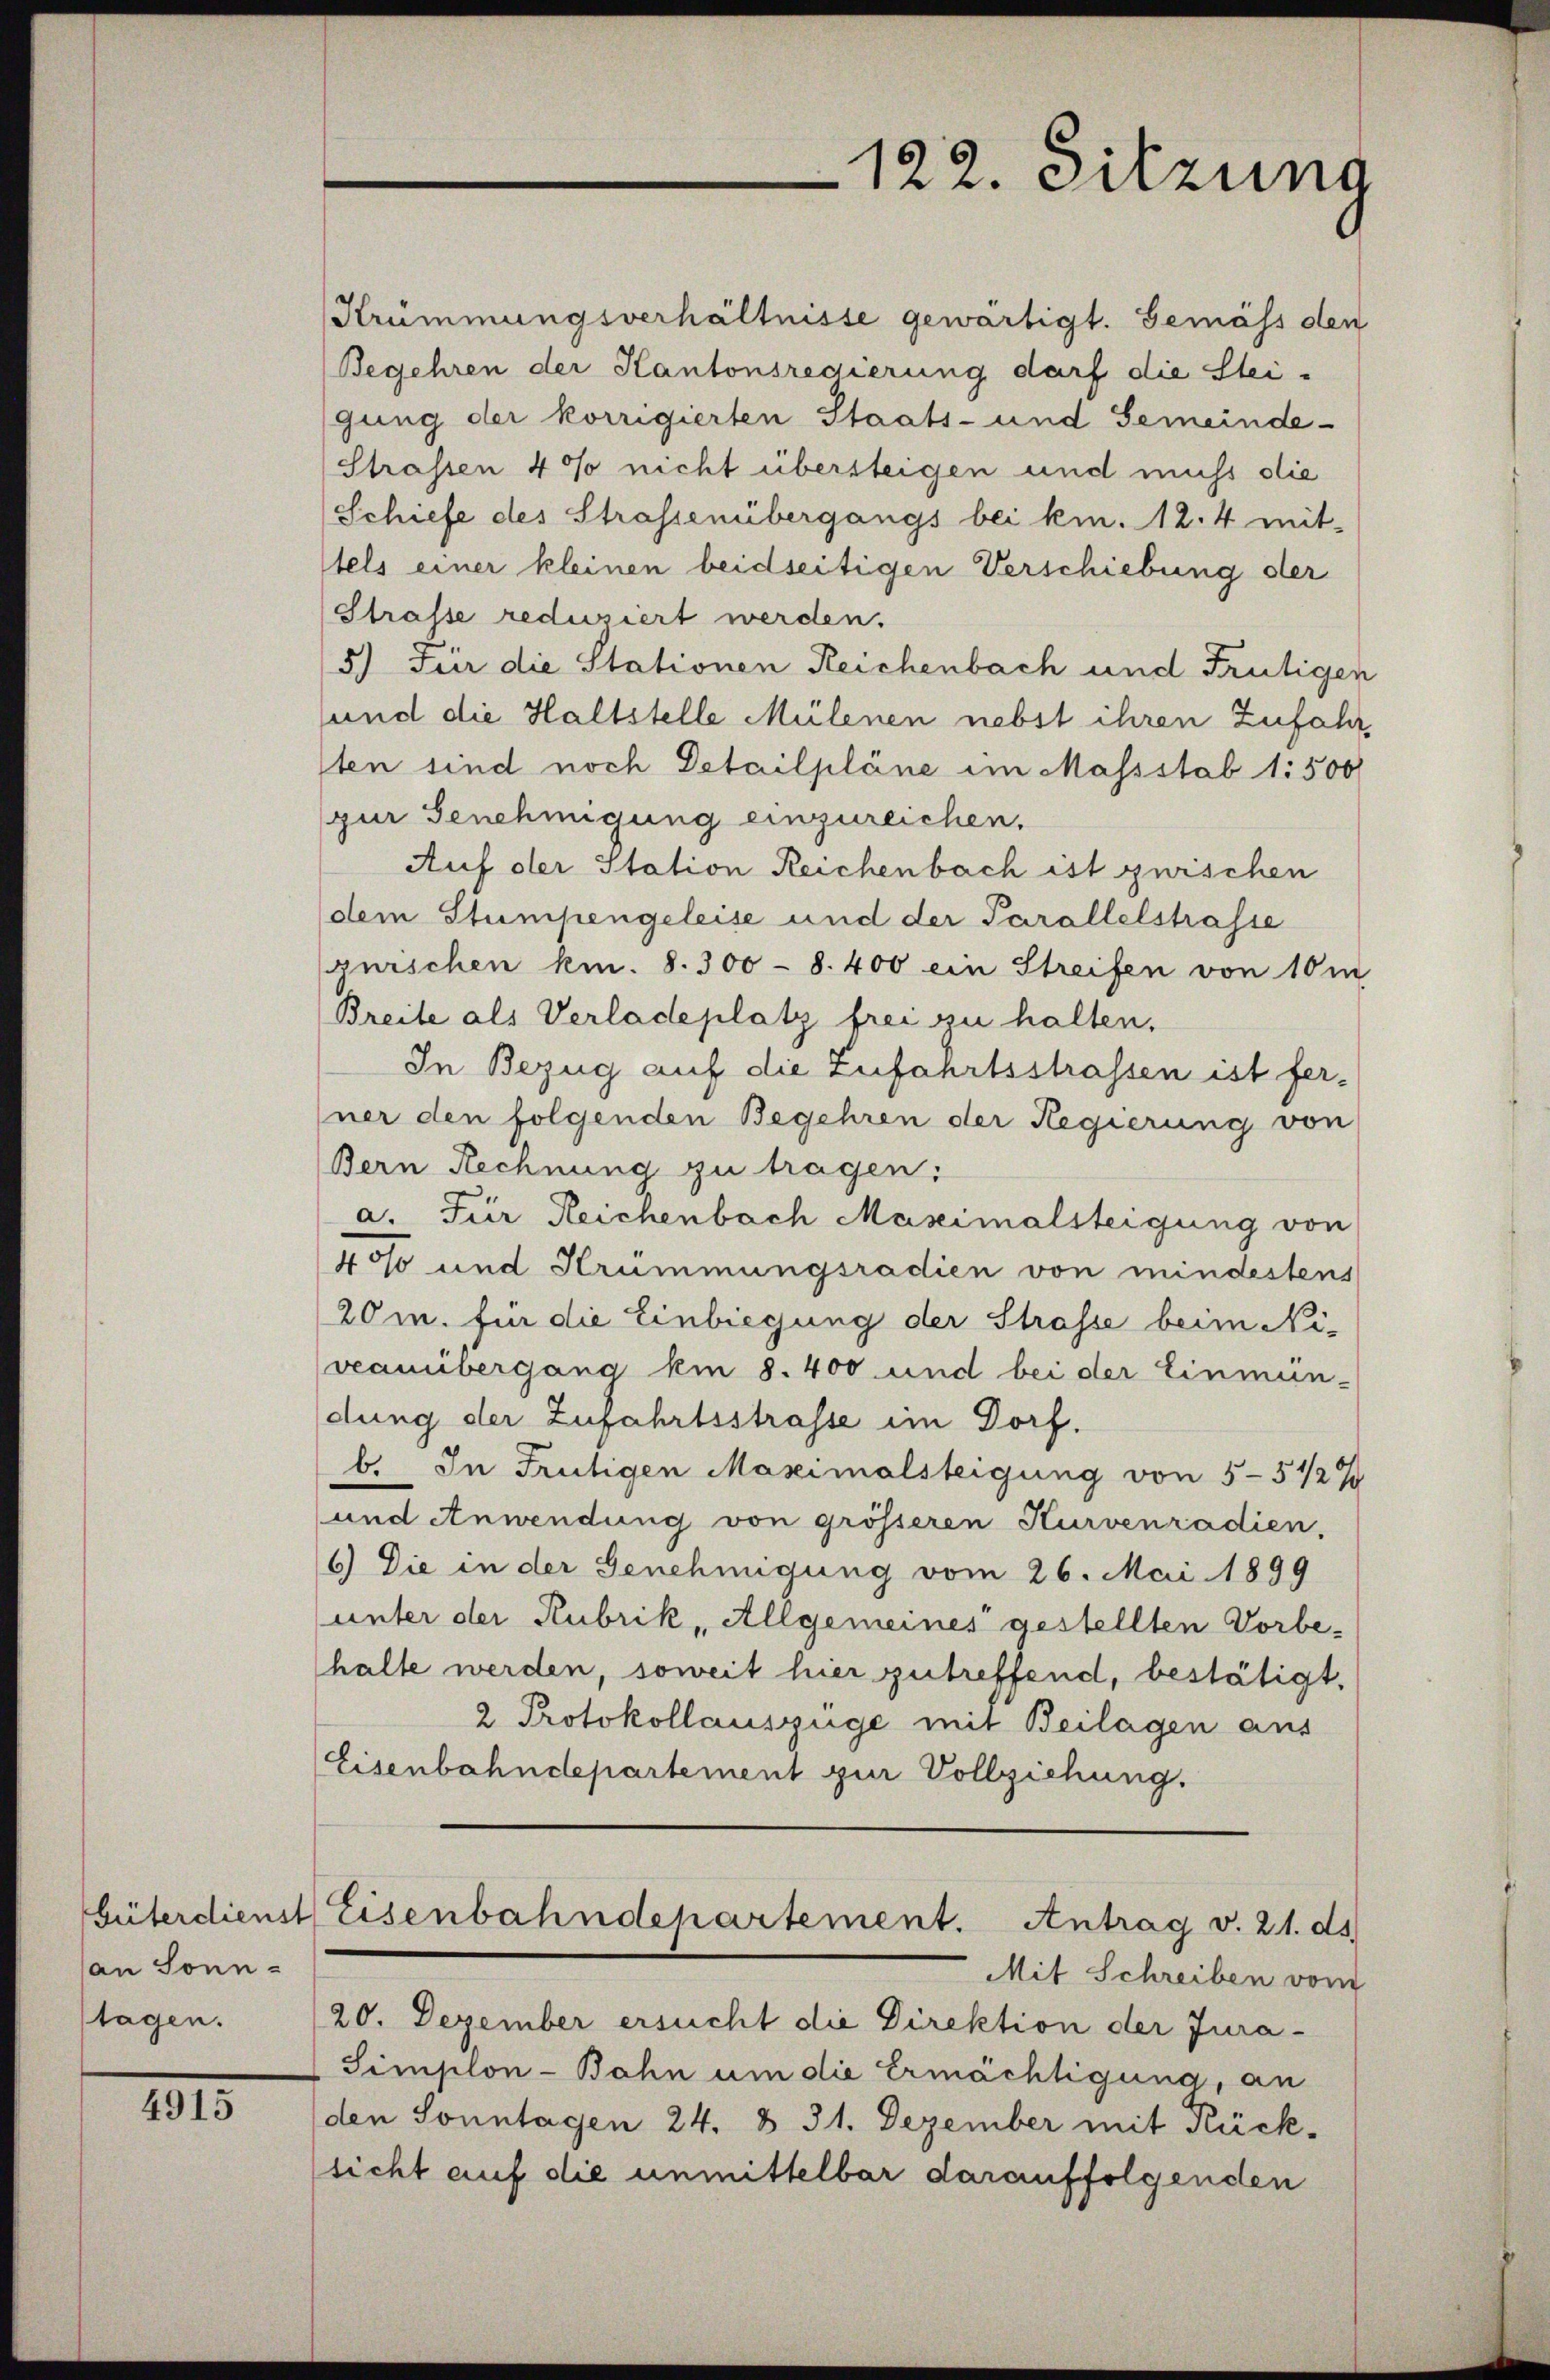
an Sonn-
tagen.

IIII.

Krümmungsverhältnisse gewärtigt. Gemäss den
Begehren der Kantonsregierung darf die Stei-
gung der korrigierten Staats- und Gemeinde-
Strassen 4% nicht übersteigen und muss die
Schiefe des Strassenübergangs bei kn. 12. 4 mit-
tels einer kleinen beidseitigen Verschiebung der
Strasse reduziert werden.
5.) Für die Stationen Reichenbach und Frutigen
und die Haltstelle Mülenen nebst ihren Zufahr
sten sind noch Detailpläne im Massstab 1:500
zur Genehmigung einzureichen.
Auf der Station Reichenbach ist zwischen
dem Stumpengeleise und der Parallelstrasse
guischen kn. 8. 300 - 8. 400 ein Streifen von 10 m
Breite als Verladeplatz frei zu halten.
In Bezug auf die Zufahrtsstrassen ist fer-
ner den folgenden Begehren der Regierung von
Bern Rechnung zu tragen:
a. Für Reichenbach Maseimalsteigung von
4os und Krummungsradien von mindestens
20m. für die Einbiegung der Strasse beim Niveauübergang am 8. 400 und bei der Einmün-
dung der Zufahrtsstrasse im Dorf.
b. In Frutigen Maximalsteigung von 5-51/2 %
und Anwendung von grösseren Kurvenradien,
6) Die in der Genehmigung vom 26. Mai 1899
(unter der Rubrik „Allgemeines gestellten Vorbehalte werden, soweit hier zutreffend, bestätigt.
2 Protokollauszüge mit Beilagen aus
Eisenbahndepartement zur Vollziehung.
Güterdienst Eisenbahndepartement. Antrag v. 21. ds.
Mit Schreiben vom
20. Dezember ersucht die Direktion der Jura-
Simplon-Bahn um die Ermächtigung, an
(den Sonntagen 24. § 31. Dezember mit Rück-
sicht auf die unmittelbar darauffolgenden

122. Sitzung